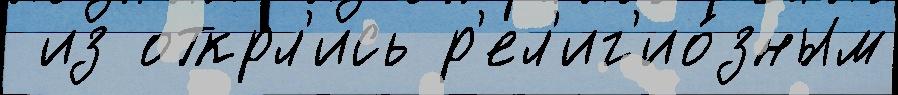
 из открл'ись р'ел'иг'ио́зным